Document type: Emphyteutic lease
Year: 1274
Scribe: Pere Marquès
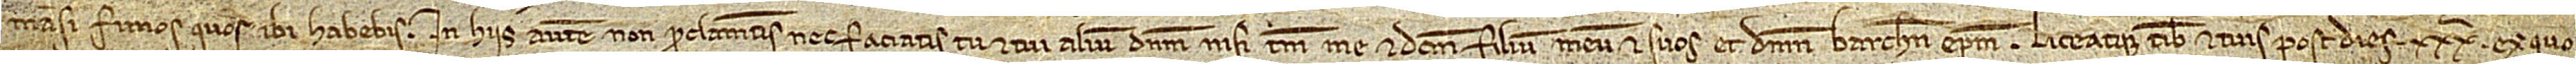
mansi fimos quos ibi habebis. In hiis autem non proclametis nec faciatis tu et tui alium dominum nisi tamen me et dictum filium meum et suos et dominum Barchinonensis episcopum. Liceatque tibi et tuis post dies XXXª ex quo